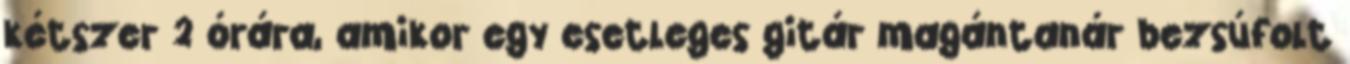
kétszer 2 órára, amikor egy esetleges gitár magántanár bezsúfolt